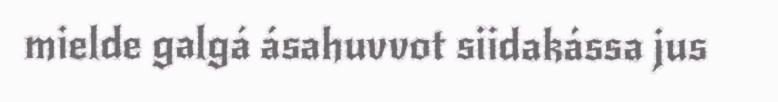
mielde galgá ásahuvvot siidakássa jus